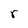
Character: r